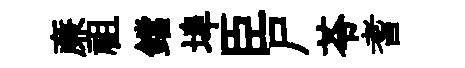
亷祖鐺埠臣尸苓耆